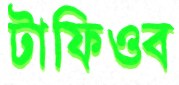
টাফিওব